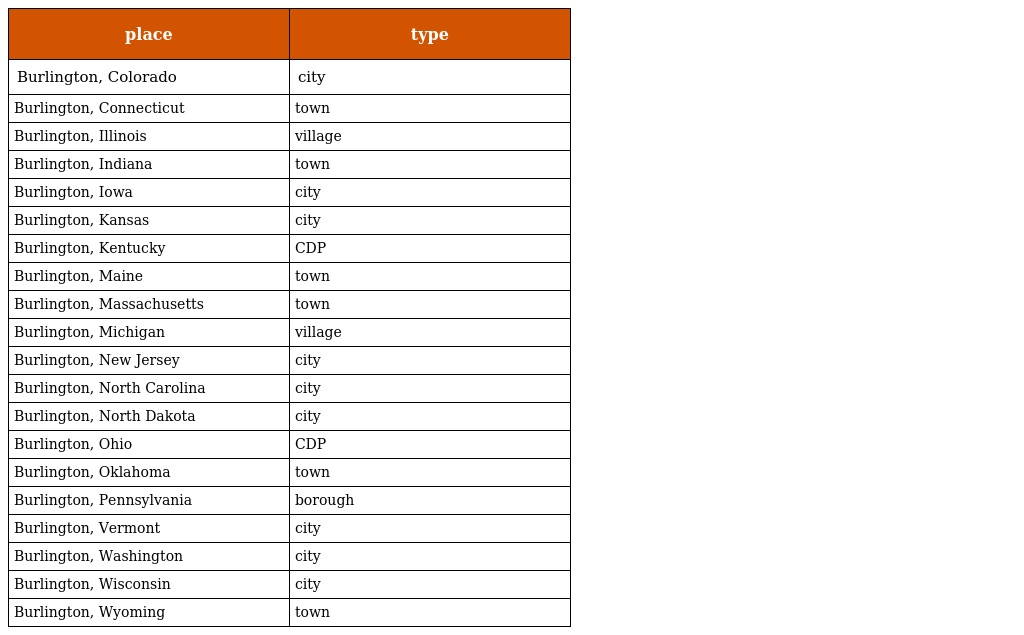
| place | type |
 | --- | --- |
 | Burlington, Colorado | city |
 | Burlington, Connecticut | town |
 | Burlington, Illinois | village |
 | Burlington, Indiana | town |
 | Burlington, Iowa | city |
 | Burlington, Kansas | city |
 | Burlington, Kentucky | CDP |
 | Burlington, Maine | town |
 | Burlington, Massachusetts | town |
 | Burlington, Michigan | village |
 | Burlington, New Jersey | city |
 | Burlington, North Carolina | city |
 | Burlington, North Dakota | city |
 | Burlington, Ohio | CDP |
 | Burlington, Oklahoma | town |
 | Burlington, Pennsylvania | borough |
 | Burlington, Vermont | city |
 | Burlington, Washington | city |
 | Burlington, Wisconsin | city |
 | Burlington, Wyoming | town |